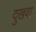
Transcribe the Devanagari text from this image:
दुखवा